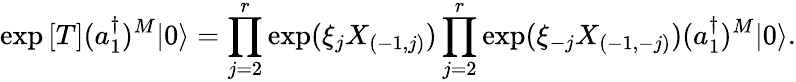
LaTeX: \exp{[T]}(a_{1}^{\dagger})^{M}|0\rangle=\prod_{j=2}^{r}\exp(\xi_{j}X_{(-1,j)})\prod_{j=2}^{r}\exp(\xi_{-j}X_{(-1,-j)})(a_{1}^{\dagger})^{M}|0\rangle.